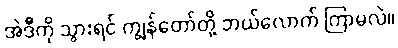
အဲဒီကို သွားရင် ကျွန်တော်တို့ ဘယ်လောက် ကြာမလဲ။